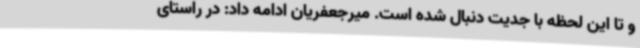
و تا این لحظه با جدیت دنبال شده است. میرجعفریان ادامه داد: در راستای